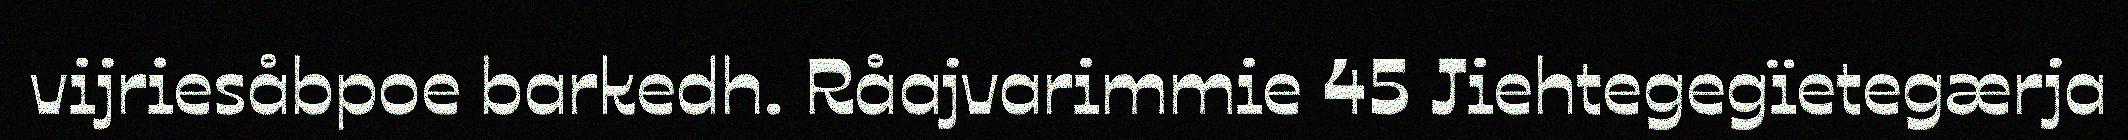
vijriesåbpoe barkedh. Råajvarimmie 45 Jiehtegegïetegærja